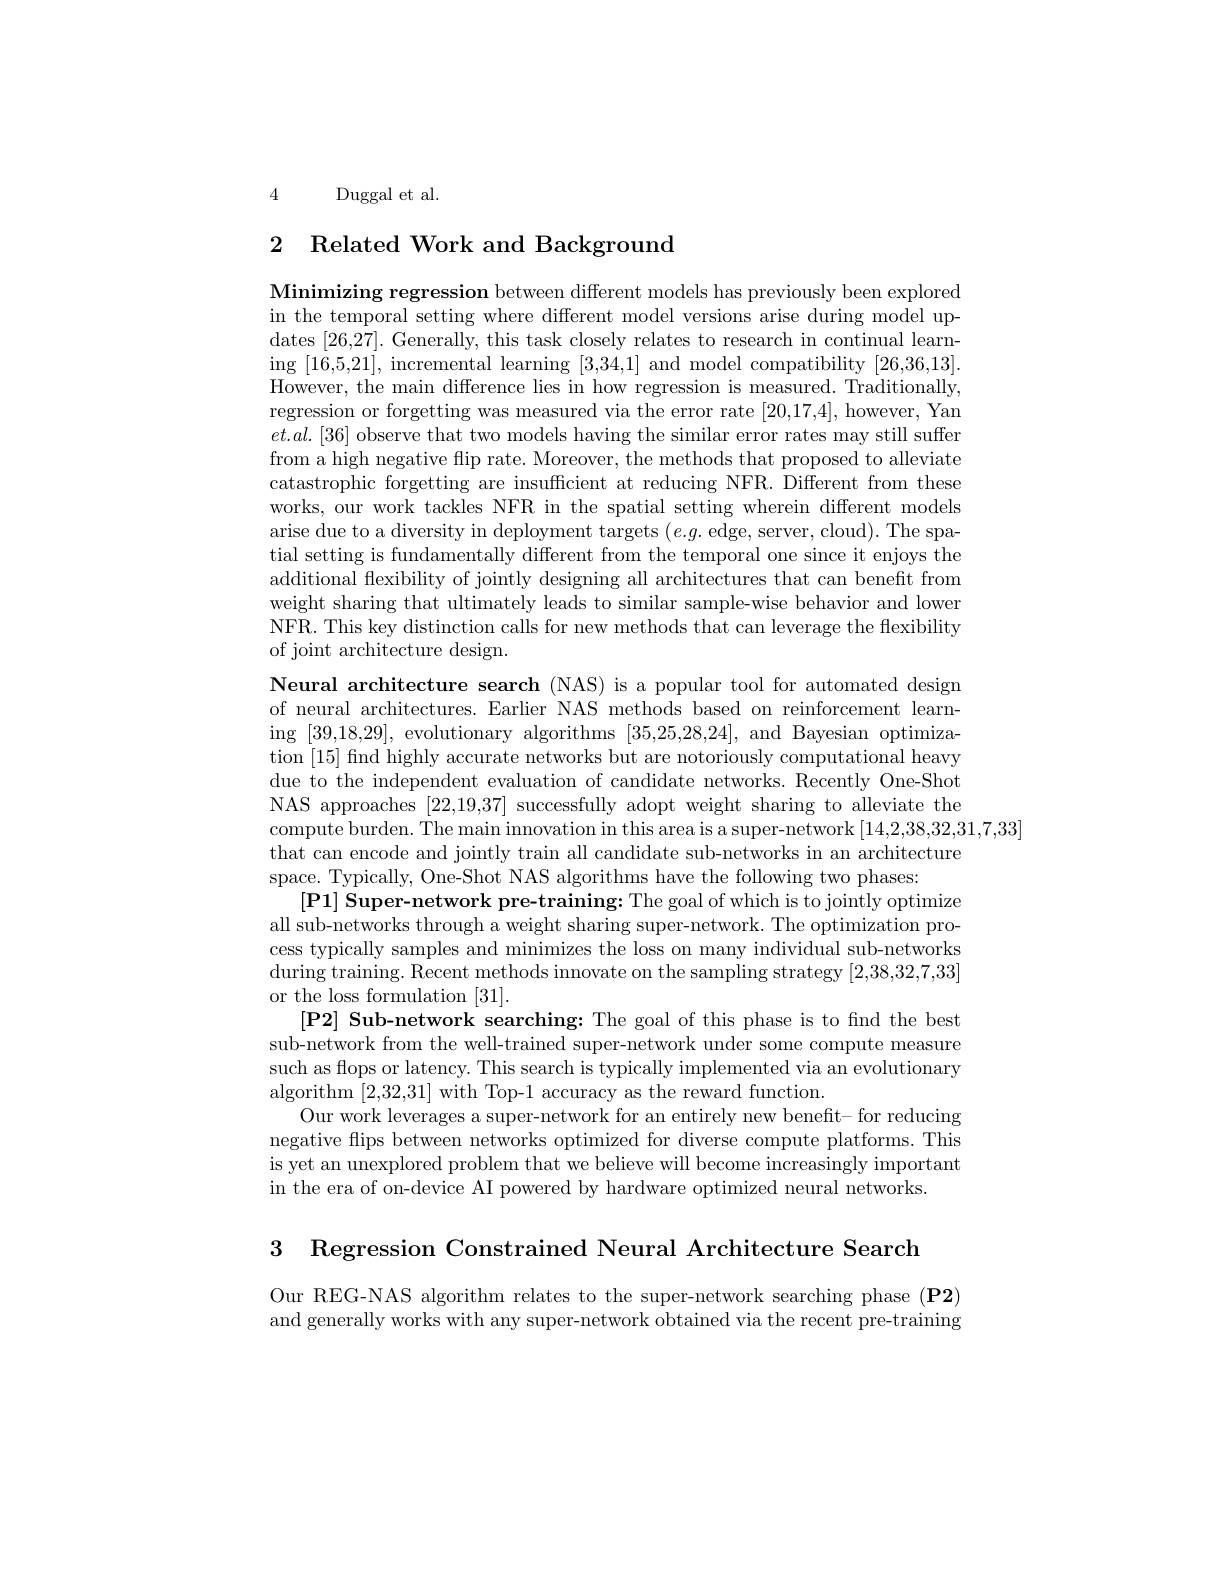
4 Duggal et al.

# 2 Related Work and Background

Minimizing regression between different models has previously been explored in the temporal setting where different model versions arise during model updates [26,27]. Generally, this task closely relates to research in continual learning [16,5,21], incremental learning [3,34,1] and model compatibility [26,36,13]. However, the main difference lies in how regression is measured. Traditionally, regression or forgetting was measured via the error rate [20,17,4], however, Yan $et.al.[36]$ observe that two models having the similar error rates may still suffer from a high negative flip rate. Moreover, the methods that proposed to alleviate catastrophic forgetting are insufficient at reducing NFR. Different from these works, our work tackles NFR in the spatial setting wherein different models arise due to a diversity in deployment targets $(e.g.$ edge, server, cloud). The spatial setting is fundamentally different from the temporal one since it enjoys the additional flexibility of jointly designing all architectures that can benefit from weight sharing that ultimately leads to similar sample-wise behavior and lower NFR. This key distinction calls for new methods that can leverage the flexibility of joint architecture design.

Neural architecture search (NAS) is a popular tool for automated design of neural architectures. Earlier NAS methods based on reinforcement learning [39,18,29], evolutionary algorithms [35,25,28,24], and Bayesian optimization [15] find highly accurate networks but are notoriously computational heavy due to the independent evaluation of candidate networks. Recently One-Shot NAS approaches [22,19,37] successfully adopt weight sharing to alleviate the compute burden. The main innovation in this area is a super-network [14,2,38,32,31,7,33]
that can encode and jointly train all candidate sub-networks in an architecture
space. Typically, One-Shot NAS algorithms have the following two phases:
[P1] Super-network pre-training: The goal of which is to jointly optimize all sub-networks through a weight sharing super-network. The optimization process typically samples and minimizes the loss on many individual sub-networks during training. Recent methods innovate on the sampling strategy [2,38,32,7,33] or the loss formulation [31].
[P2] Sub-network searching: The goal of this phase is to fnd the best sub-network from the well-trained super-network under some compute measure such as flops or latency. This search is typically implemented via an evolutionary algorithm [2,32,31] with Top-1 accuracy as the reward function.
Our work leverages a super-network for an entirely new benefit- for reducing negative flips between networks optimized for diverse compute platforms. This is yet an unexplored problem that we believe will become increasingly important in the era of on-device AI powered by hardware optimized neural networks.

3 Regression Constrained Neural Architecture Search

Our REG-NAS algorithm relates to the super-network searching phase $(\mathbf{P2})$ and generally works with any super-network obtained via the recent pre-training